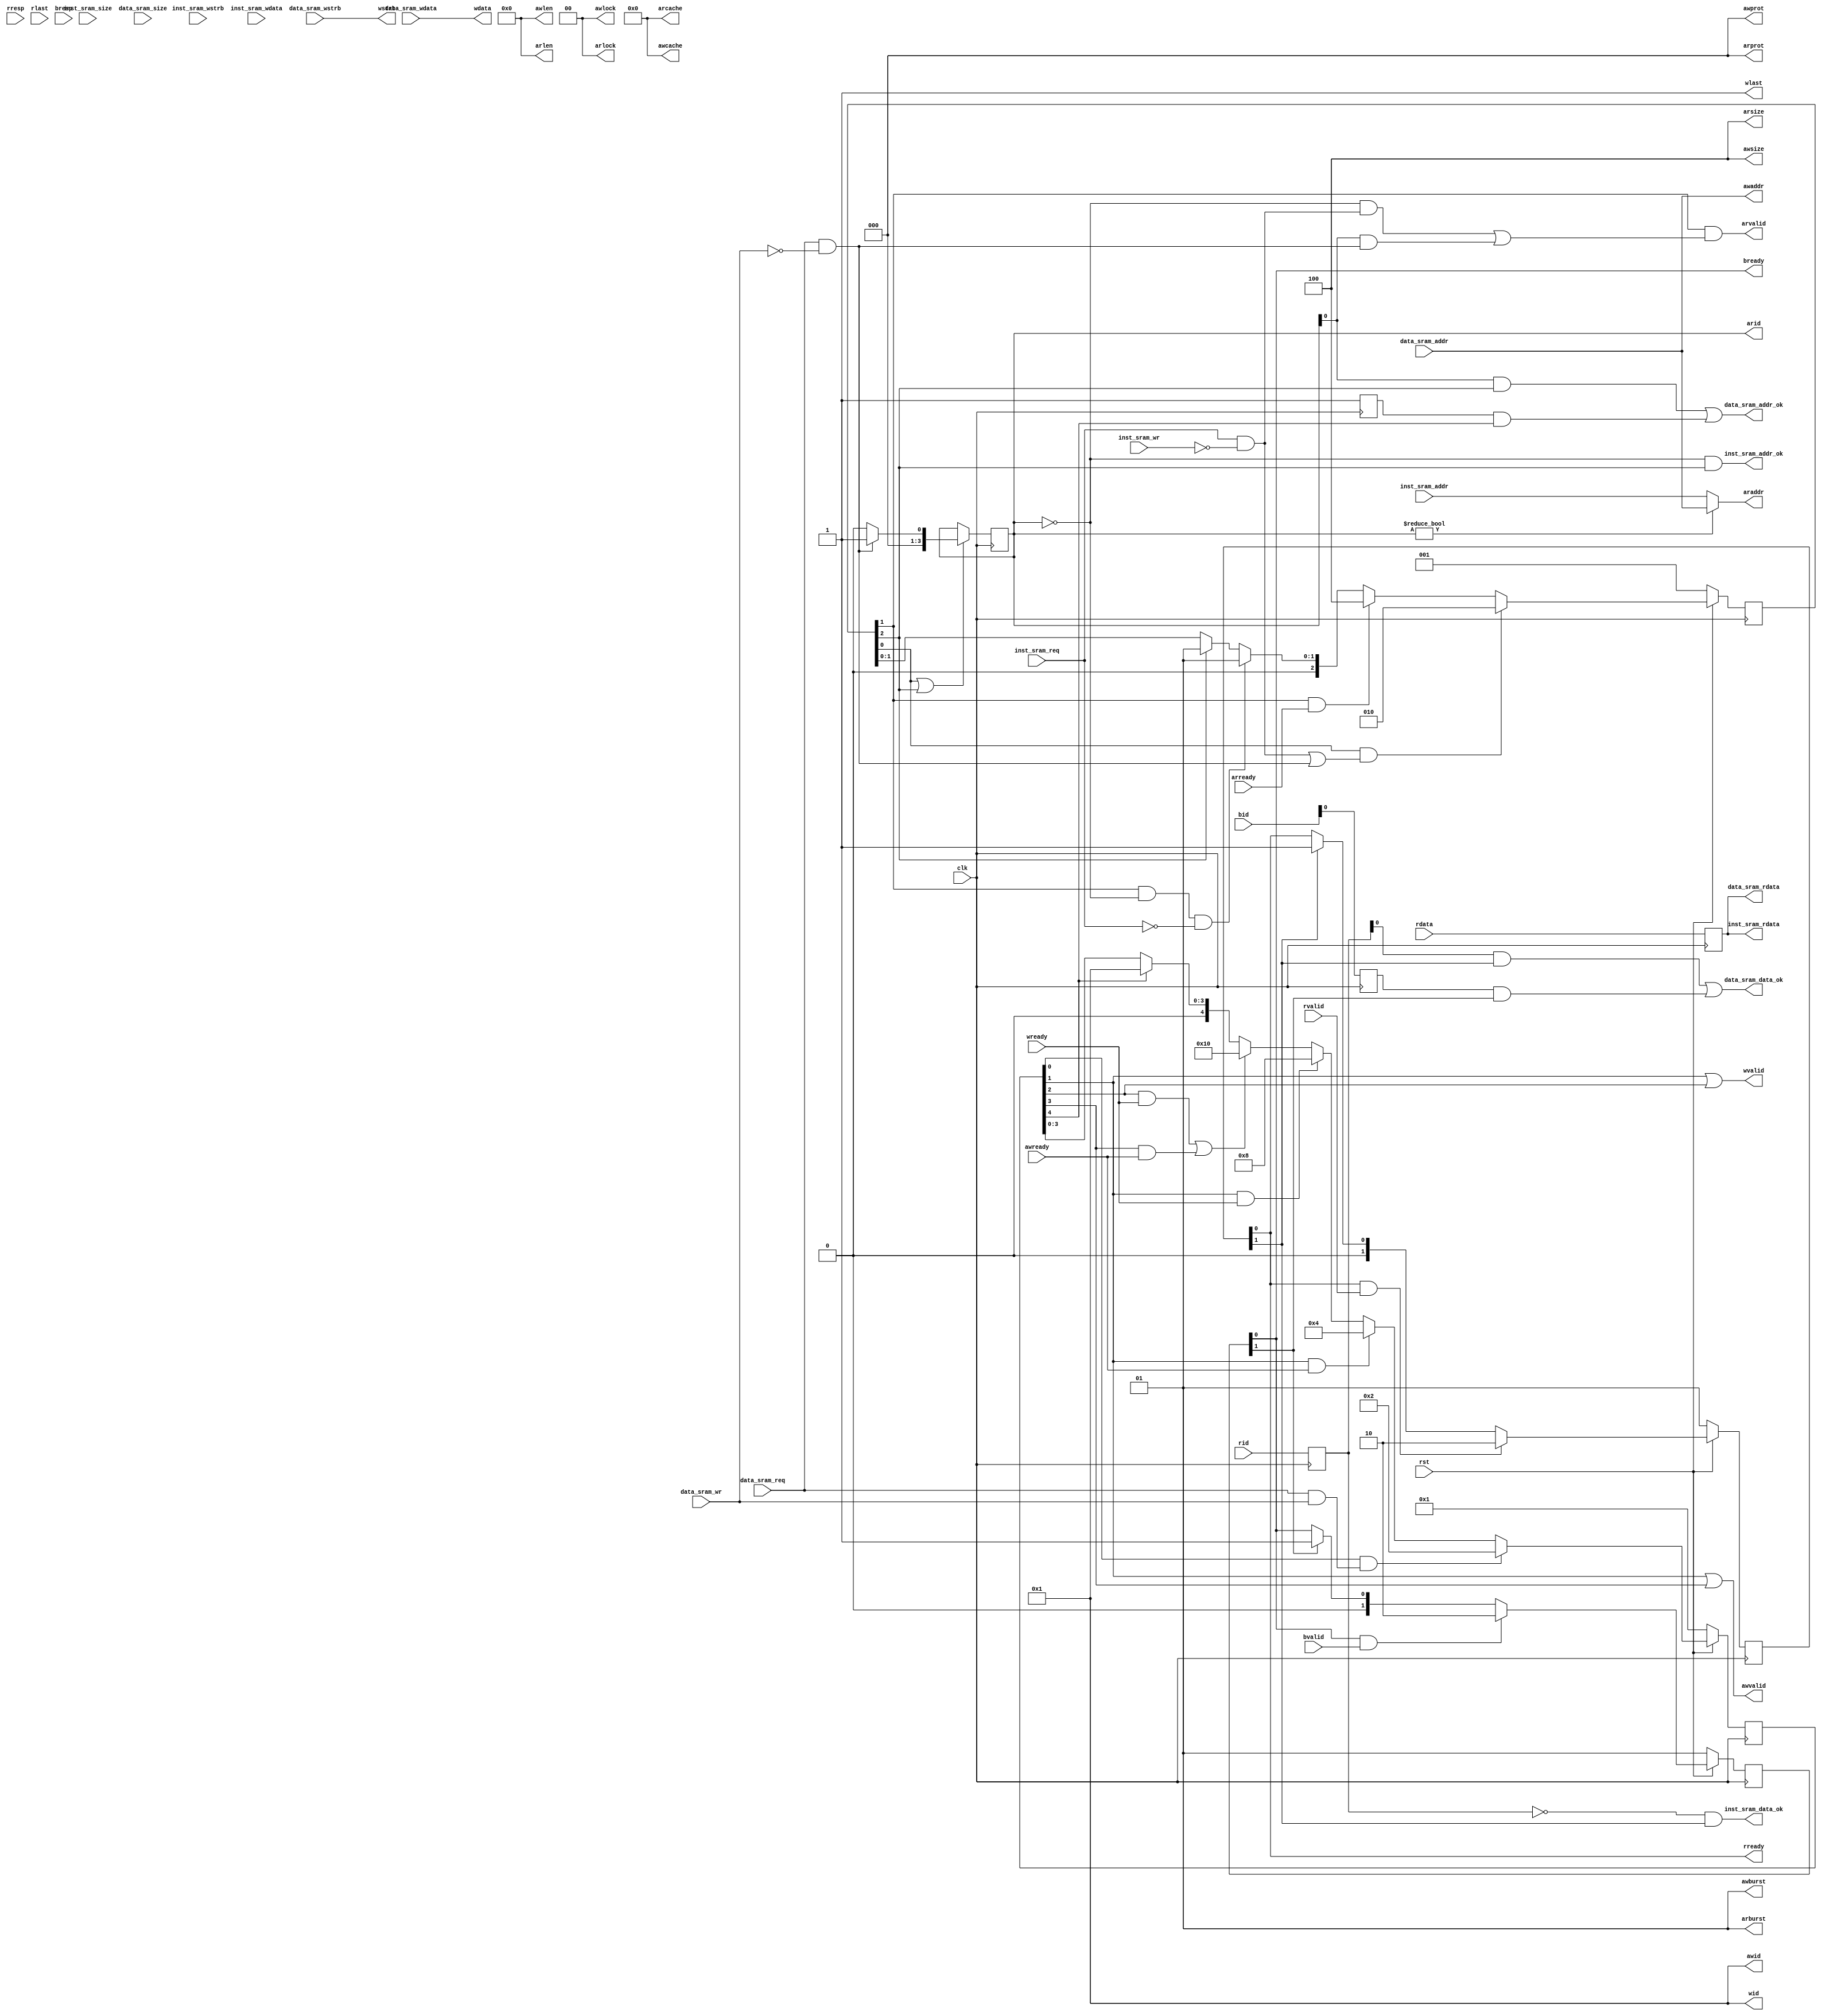
module sram_axi_trans_bridge(
    input         clk,
    input         rst,

    // inst sram
    input           inst_sram_req       ,
    input           inst_sram_wr        ,
    input   [ 1:0]  inst_sram_size      ,
    input   [ 3:0]  inst_sram_wstrb     ,
    input   [31:0]  inst_sram_addr      ,
    input   [31:0]  inst_sram_wdata     ,
    output          inst_sram_addr_ok   ,   
    output          inst_sram_data_ok   ,    
    output  [31:0]  inst_sram_rdata     ,
    // data sram
    input           data_sram_req       ,
    input           data_sram_wr        ,
    input   [ 1:0]  data_sram_size      ,
    input   [ 3:0]  data_sram_wstrb     ,
    input   [31:0]  data_sram_addr      ,
    input   [31:0]  data_sram_wdata     ,
    output          data_sram_addr_ok   ,   
    output          data_sram_data_ok   ,    
    output  [31:0]  data_sram_rdata     ,   

    // AXI
    output  [ 3:0]  arid    ,
    output  [31:0]  araddr  ,
    output  [ 7:0]  arlen   ,
    output  [ 2:0]  arsize  ,
    output  [ 1:0]  arburst ,
    output  [ 1:0]  arlock  ,
    output  [ 3:0]  arcache ,
    output  [ 2:0]  arprot  ,
    output          arvalid ,
    input           arready ,
                
    input   [ 3:0]  rid     ,
    input   [31:0]  rdata   ,
    input   [ 1:0]  rresp   ,
    input           rlast   ,
    input           rvalid  ,
    output          rready  ,
               
    output  [ 3:0]  awid    ,
    output  [31:0]  awaddr  ,
    output  [ 7:0]  awlen   ,
    output  [ 2:0]  awsize  ,
    output  [ 1:0]  awburst ,
    output  [ 1:0]  awlock  ,
    output  [ 3:0]  awcache ,
    output  [ 2:0]  awprot  ,
    output          awvalid ,
    input           awready ,
    
    output  [ 3:0]  wid     ,
    output  [31:0]  wdata   ,
    output  [ 3:0]  wstrb   ,
    output          wlast   ,
    output          wvalid  ,
    input           wready  ,
    
    input   [ 3:0]  bid     ,
    input   [ 1:0]  bresp   ,
    input           bvalid  ,
    output          bready
);

wire    r_req;
wire    ir_req;
wire    dr_req;
wire    dw_req;
assign ir_req = inst_sram_req & !inst_sram_wr;
assign dr_req = data_sram_req & !data_sram_wr;
assign dw_req = data_sram_req &  data_sram_wr;
assign  r_req = ir_req | dr_req;

// FSM
reg [ 2:0]  ar_status;
always @(posedge clk) begin
    if(!rst) begin
        ar_status <= 3'b001;
    end
    else if(ar_status[0] & r_req) begin
        ar_status <= 3'b010;
    end
    else if(ar_status[1] & arready) begin
        ar_status <= 3'b100;
    end    
    else if(ar_status[1] & !arid & !inst_sram_req) begin
        // inst req may be cancelled
        ar_status <= 3'b001;
    end
    else if(ar_status[2]) begin
        ar_status <= 3'b001;
    end
end

reg [ 1:0] r_status;
always @(posedge clk) begin
    if (!rst) begin
        r_status <= 2'b01;
    end
    else if(r_status[0] & rvalid) begin
        r_status <= 2'b10;
    end
    else if(r_status[1]) begin
        r_status <= 2'b01;
    end
end

reg [ 4:0]  aw_status;
always @(posedge clk) begin
    if(!rst) begin
        aw_status <= 5'b00001;
    end
    else if(aw_status[0] & dw_req) begin
        aw_status <= 5'b00010;
    end
    else if(aw_status[1] & awready) begin
        aw_status <= 5'b00100;
    end
    else if(aw_status[1] & wready) begin
        aw_status <= 5'b01000;
    end
    else if(aw_status[2] & wready | aw_status[3] & awready) begin
        aw_status <= 5'b10000;
    end
    else if(aw_status[4]) begin
        aw_status <= 5'b00001;
    end
end

reg [ 1:0]  b_status;
always @(posedge clk) begin
    if(!rst) begin
        b_status <= 2'b01;
    end
    else if(b_status[0] & bvalid) begin
        b_status <= 2'b10;
    end
    else if(b_status[1]) begin
        b_status <= 2'b01;
    end
end


// AXI read signal
reg [ 3:0] arid_r;
always @(posedge clk) begin
    if(ar_status[0] | ar_status[2]) begin
        arid_r <= dr_req ? 1 : 0;
    end
end
assign arid    = arid_r;
assign araddr  = arid_r ? data_sram_addr : inst_sram_addr;
assign arlen   = 8'h0;
assign arsize  = 3'h4;
assign arburst = 2'h1;
assign arlock  = 2'h0;
assign arcache = 4'h0;
assign arprot  = 3'h0;
assign arvalid = ar_status[1] & (!arid & ir_req | arid & dr_req);

assign rready  = r_status[0];

// AXI write signal
assign awid    = 1'h1;
assign awaddr  = data_sram_addr;
assign awlen   = 8'h0;
assign awsize  = 3'h4;
assign awburst = 2'h1;
assign awlock  = 2'h0;
assign awcache = 2'h0;
assign awprot  = 2'h0;
assign awvalid = aw_status[1] | aw_status[3];

assign wid     = 1'h1;
assign wdata   = data_sram_wdata;
assign wstrb   = data_sram_wstrb;
assign wlast   = 1'h1;
assign wvalid  = aw_status[1] | aw_status[2];

assign bready  = b_status[0];

// SRAM signal
reg [31:0] rdata_r;
reg [ 3:0] rid_r;
reg [ 3:0] awid_r;
reg [ 3:0] bid_r;
always @(posedge clk) begin
    rdata_r <= rdata;
    rid_r   <= rid;
    awid_r  <= awid;
    bid_r   <= bid;
end

assign inst_sram_addr_ok = !arid_r & ar_status[2];
assign inst_sram_data_ok = ! rid_r &  r_status[1];
assign inst_sram_rdata   = rdata_r;
assign data_sram_addr_ok =  arid_r & ar_status[2] | awid_r & aw_status[4];
assign data_sram_data_ok =   rid_r &  r_status[1] |  bid_r &  b_status[1];
assign data_sram_rdata   = rdata_r;

endmodule